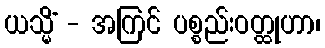
ယသ္မိံ - အကြင် ပစ္စည်းဝတ္ထုဟာ၊